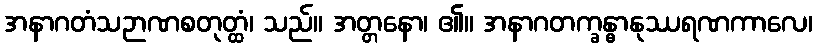
အနာဂတံသဉာဏစတုတ္ထံ၊ သည်။ အတ္တနော၊ ၏။ အနာဂတက္ခန္ဓာနုဿရဏကာလေ၊